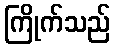
ကြိုက်သည်